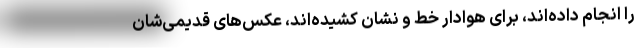
را انجام داده‌اند، برای هوادار خط و نشان کشیده‌اند، عکس‌های قدیمی‌شان